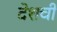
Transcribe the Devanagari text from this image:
देशची